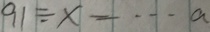
9 1 \div x = \cdots a